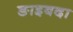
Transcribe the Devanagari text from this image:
ङाइबदा